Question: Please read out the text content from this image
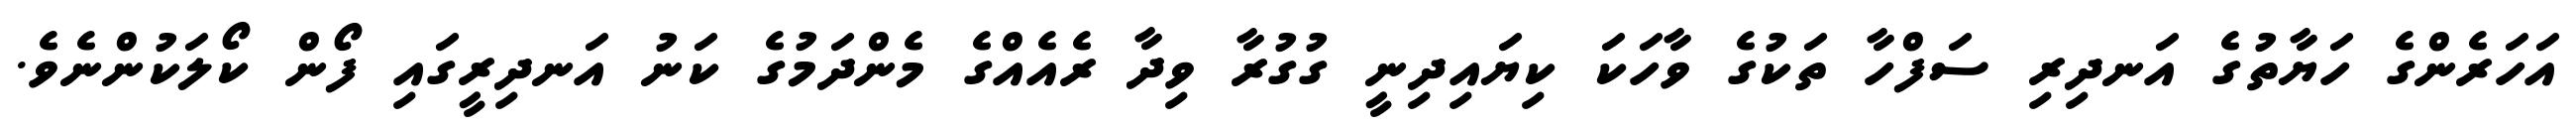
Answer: އަހަރެންގެ ހަޔާތުގެ އަނދިރި ސަފްހާ ތަކުގެ ވާހަކަ ކިޔައިދިނީ ގުގުރާ ވިދާ ރެއެއްގެ މެންދަމުގެ ކަނު އަނދިރީގައި ފޯން ކޯލަކުންނެވެ.